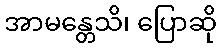
အာမန္တေသိ၊ ပြောဆို